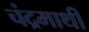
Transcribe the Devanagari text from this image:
चंद्रमाथी